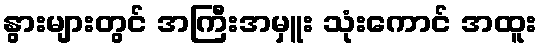
နွားများတွင် အကြီးအမှူး သုံးကောင် အထူး